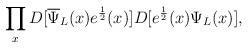
LaTeX: \begin{align*}\prod_{x}D[{\overline\Psi}_{L}(x)e^{1\over2}(x)]D[e^{1\over2}(x)\Psi_{L}(x)],\end{align*}